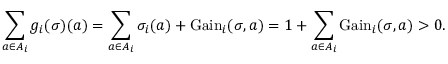
\sum _ { a \in A _ { i } } g _ { i } ( \sigma ) ( a ) = \sum _ { a \in A _ { i } } \sigma _ { i } ( a ) + { \mathrm { G a i n } } _ { i } ( \sigma , a ) = 1 + \sum _ { a \in A _ { i } } { \mathrm { G a i n } } _ { i } ( \sigma , a ) > 0 .